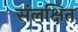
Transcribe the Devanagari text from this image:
संलक्षित